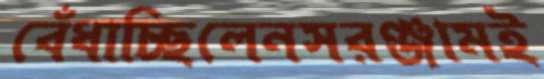
বেঁধাচ্ছিলেনসরঞ্জামই